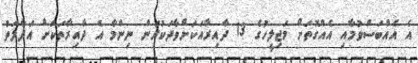
އެ އެއްބަސްވުމާއި އެއްގޮތަށް މަޖިިލީހުގެ 13 ދާއިރާއަކަށްވާދަކުރަން ނިންމާ އެ ދާއިރާތަކަށް އަދާލަތު